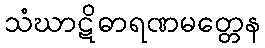
သံဃာဋိဓာရဏမတ္တေန